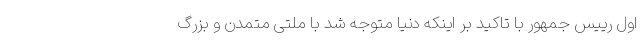
اول رییس جمهور با تاکید بر اینکه دنیا متوجه شد با ملتی متمدن و بزرگ